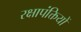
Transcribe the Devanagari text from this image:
रक्षापंक्तियों